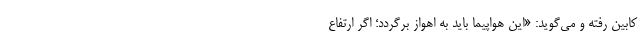
کابین رفته و می‌گوید: «این هواپیما باید به اهواز برگردد؛ اگر ارتفاع